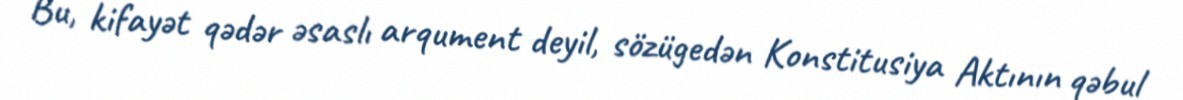
Bu, kifayət qədər əsaslı arqument deyil, sözügedən Konstitusiya Aktının qəbul